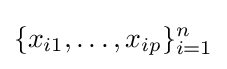
\{x_{i1},\ldots ,x_{ip}\}_{i=1}^{n}